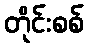
တိုင်းစစ်